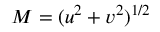
M = ( u ^ { 2 } + v ^ { 2 } ) ^ { 1 / 2 }